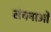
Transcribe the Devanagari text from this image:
संचनाओं